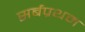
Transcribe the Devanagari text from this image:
सर्बप्रथम